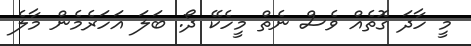
މީ ހާދަ ގޮތެއް ވެސް ނެތް މީހެކޭ ދޯ. ބަލަ އަހަރެމެން މާލެ